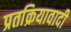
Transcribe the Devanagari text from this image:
प्रतक्रियावादी